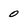
Character: 0